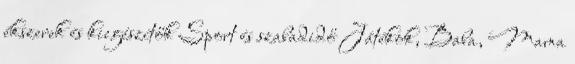
ékszerek és kiegészítők Sport és szabadidő Játékok, Baba, Mama